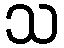
သ